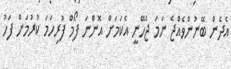
އެދެން ބޭނުންވެއްޖެ ނަމަ ޖެހޭނީ އެކަމަށް އޮންނަ ފޯމް ފުރިހަމަ ކުރުމަށް ފަހު